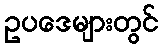
ဥပဒေများတွင်